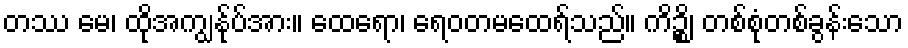
တဿ မေ၊ ထိုအကျွန်ုပ်အား။ ထေရော၊ ရေဝတမထေရ်သည်။ ကိဉ္စိ၊ တစ်စုံတစ်ခွန်းသော